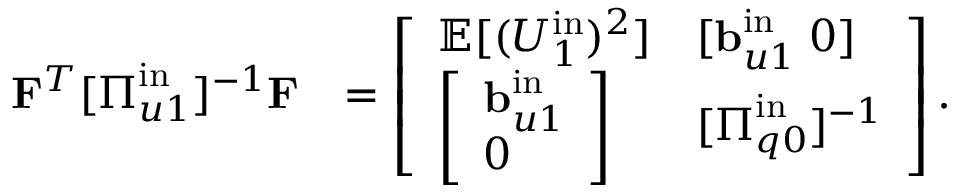
\begin{array} { r l } { \mathbf { F } ^ { T } [ \boldsymbol { \Pi } _ { u 1 } ^ { \mathrm { i n } } ] ^ { - 1 } \mathbf { F } } & { = \left[ \begin{array} { l l } { \mathbb { E } [ ( U _ { 1 } ^ { \mathrm { i n } } ) ^ { 2 } ] } & { [ \mathbf { b } _ { u 1 } ^ { \mathrm { i n } } \; 0 ] } \\ { \left[ \begin{array} { l } { \mathbf { b } _ { u 1 } ^ { \mathrm { i n } } } \\ { 0 } \end{array} \right] } & { [ \boldsymbol { \Pi } _ { q 0 } ^ { \mathrm { i n } } ] ^ { - 1 } } \end{array} \right] . } \end{array}